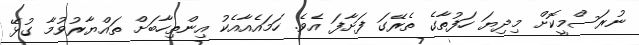
ނުރަސްމީކޮށް މިދިޔަ ހަފުތާގެ ތެރޭގަ ފަށާފަ އެވެ. ހަމައެއާއެކު އިންތިހާބަށް ތައްޔާރުވުމާ ގުޅޭ